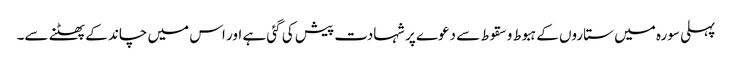
پہلی سورہ میں ستاروں کے ہبوط و سقوط سے دعوے پر شہادت پیش کی گئی ہے اور اس میں چاند کے پھٹنے سے۔